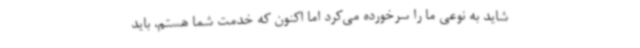
شاید به نوعی ما را سرخورده می‌کرد اما اکنون که خدمت شما هستم، باید